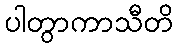
ပါတွာကာသီတိ